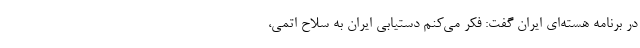
در برنامه هسته‌ای ایران گفت: فکر می‌کنم دستیابی ایران به سلاح اتمی،